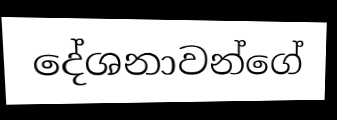
දේශනාවන්ගේ